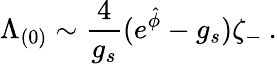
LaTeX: \Lambda_{(0)}\sim{\frac{4}{g_{s}}}(e^{\hat{\phi}}-g_{s})\zeta_{-}\: .